Enquiry on enteric fever in India - Number 32
Disease focus: Fever
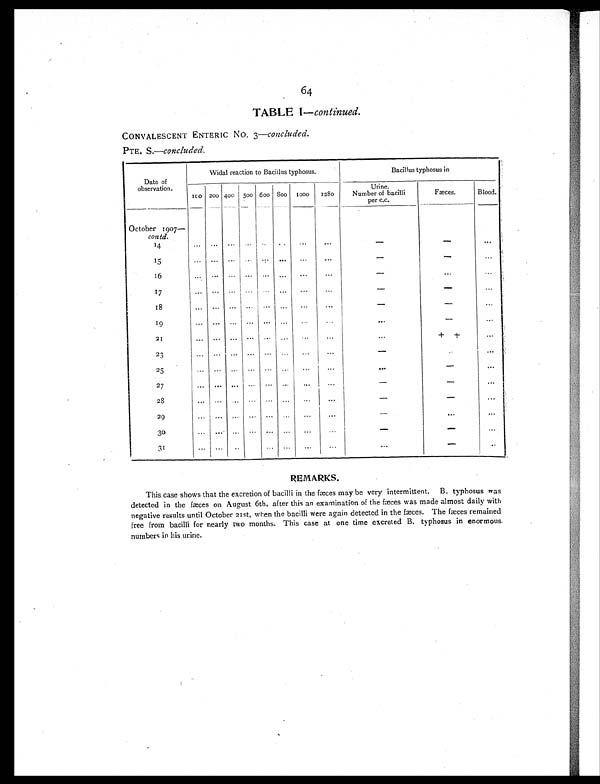
64
TABLE I—continued.
CONVALESCENT ENTERIC NO. 3— concluded.
PTE. S.—concluded.
Date of
observation.
Widal reaction to Bacillus typhosus.
Bacillus typhosus in
100 200 400 500 600 800 1000 1280
Urine.
Number of bacilli
per c.c.
Fæces.
Blood.
October 1907—
contd.
14
. . . ...
. . .
. . .
. . . ...
. . .
. . .
-
- ...
15
. . . . . .
. . .
. . . ... . . .
. . .
. . .
-
- ...
16
. . . . . .
. . .
. . .
. . . ...
...
. . .
-
...
...
1 7
. . . . . .
. . .
. . . ... . . . ...
...
-
- ...
1 8
... ... ... ... ...
. . .
...
...
-
- ...
19
. . .
. . .
. . .
. . . ... . . . . . .
. . .
. . .
-
...
2 1
. . . ... ... ... ...
. . .
. . . . . .
...
+ +
...
23
... ... ... ... ...
. . .
...
...
-
...
...
25
... ... ... ... ...
. . .
. . .
...
. . .
-
. . .
27
. . .
. . .
. . .
. . . ... ...
. . .
...
-
-
...
28
. . .
. . .
. . .
. . . ... . . .
. . .
...
-
-
. . .
29
... ... ... ... ...
. . . ...
...
-
... ...
30
. . .
. . .
. . .
. . . ... . . . ...
...
-
- ...
31
... ...
. . .
. . . ... ...
...
...
...
-
. . .
REMARKS.
This case shows that the excretion of bacilli in the fæces may be very intermittent. B. typhosus was
detected in the fæces on August 6th, after this an examination of the fæces was made almost daily with
negative results until October 21st, when the bacilli were again detected in the fæces. The fæces remained
free from bacilli for nearly two months. This case at one time excreted B. typhosus in enormous
numbers in his urine.